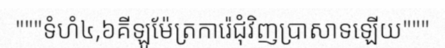
"""ទំហំ៤,៦គីឡូម៉ែត្រការ៉េជុំវិញប្រាសាទឡើយ"""